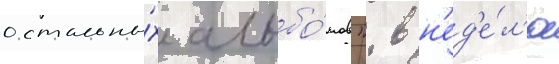
остальны́х альбо́мов". в н'ед'е́л'ю